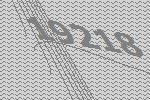
19218